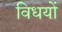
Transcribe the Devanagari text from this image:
विधयों